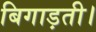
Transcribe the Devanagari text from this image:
बिगाड़ती।